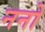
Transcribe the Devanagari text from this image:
ननो